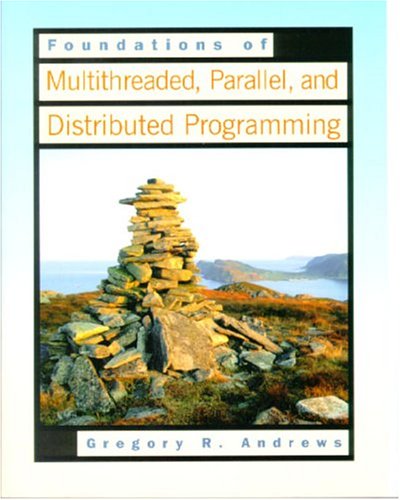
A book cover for Foundations of Multithreaded, Parallel, and Distributed Programming; Gregory R. Andrews; Computers & Technology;